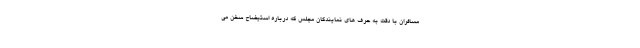
مسافران با دقت به حرف های نمایندگان مجلس که درباره استیضاح سخن می